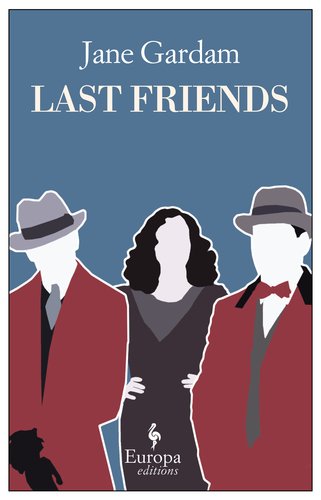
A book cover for Last Friends (Old Filth Trilogy); Jane Gardam; Mystery, Thriller & Suspense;